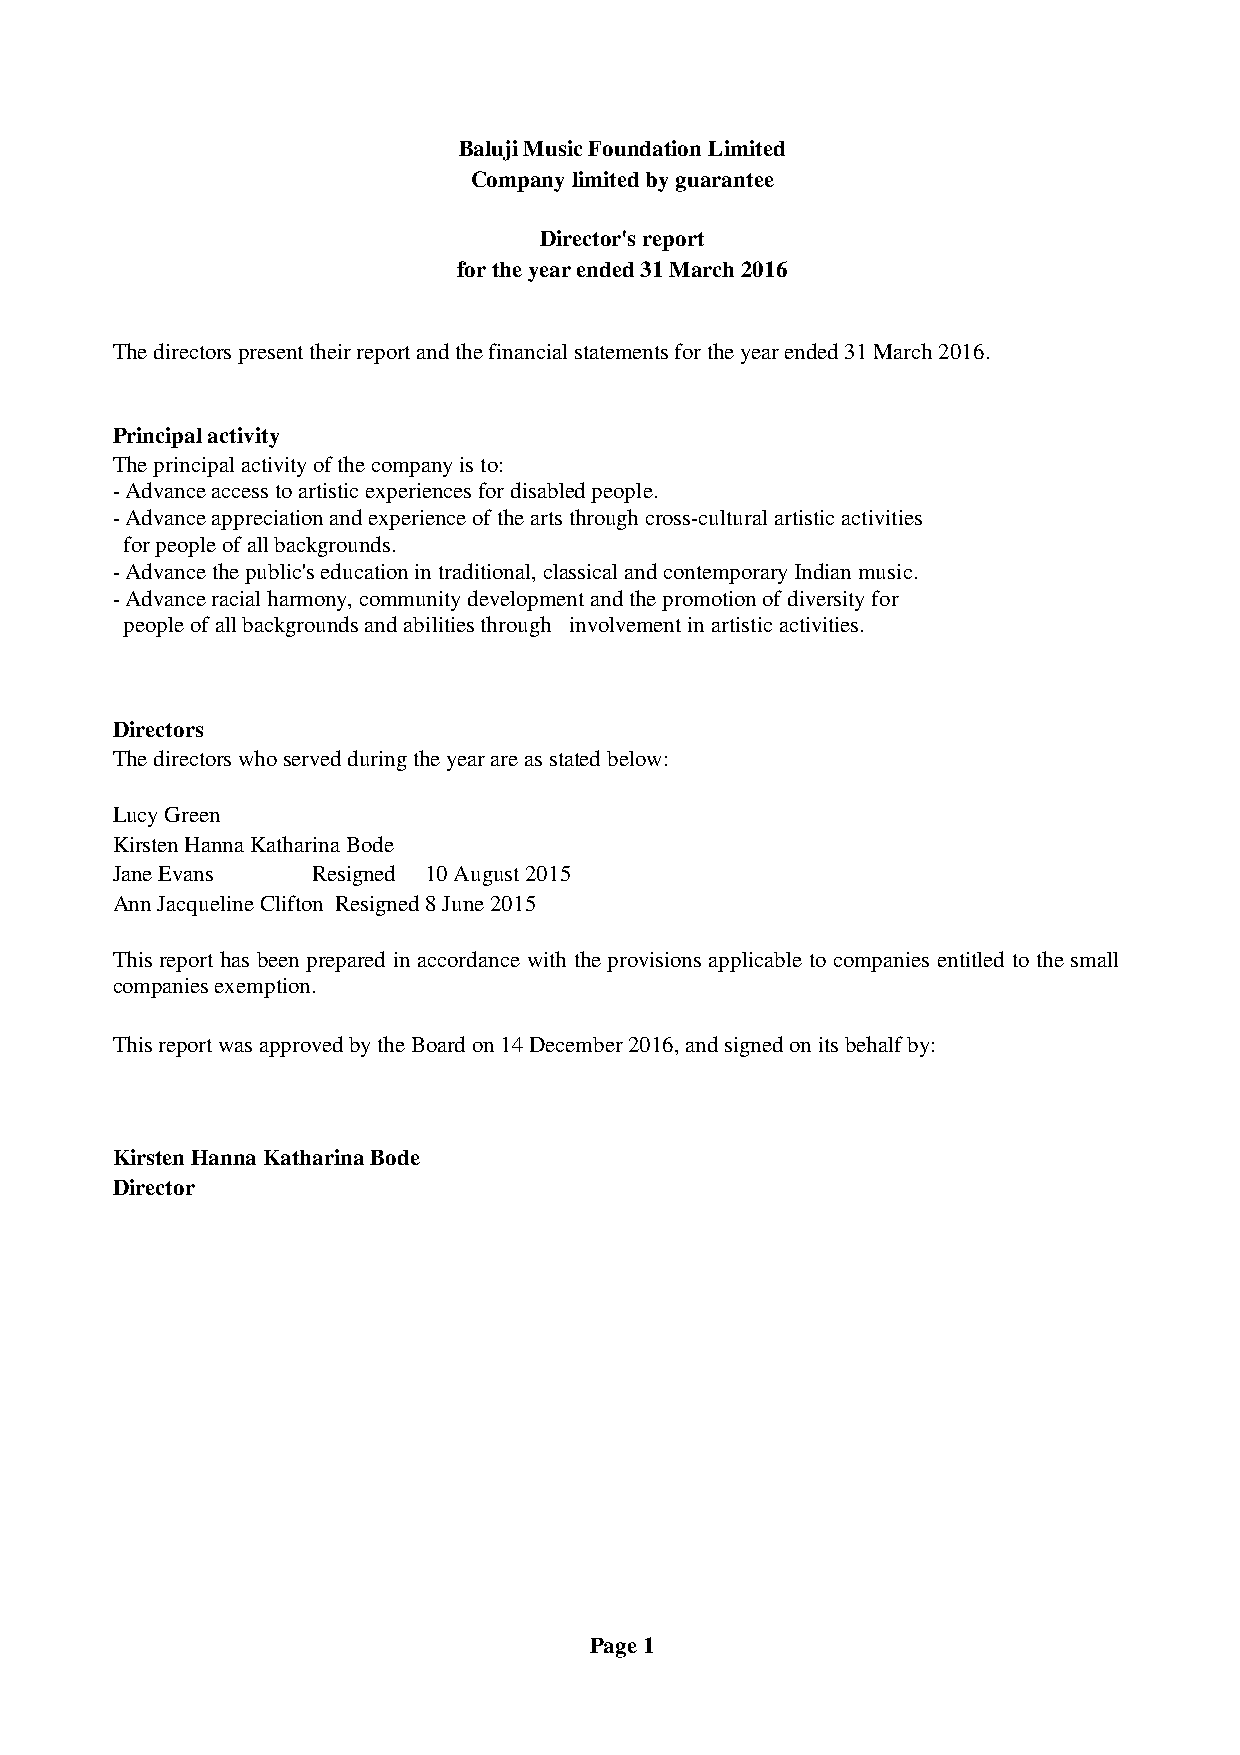
Baluji Music Foundation Limited
 Company limited by guarantee
 Director's report
 for the year ended 31 March 2016
 The directors present their report and the financial statements for the year ended 31 March 2016.
 Principal activity
 The principal activity of the company is to:
 - Advance access to artistic experiences for disabled people.
 - Advance appreciation and experience of the arts through cross-cultural artistic activities
 for people of all backgrounds.
 - Advance the public's education in traditional, classical and contemporary Indian music.
 - Advance racial harmony, community development and the promotion of diversity for
 people of all backgrounds and abilities through involvement in artistic activities.
 Directors
 The directors who served during the year are as stated below:
 Lucy Green
 Kirsten Hanna Katharina Bode
 Jane Evans    Resigned 10 August 2015
 Ann Jacqueline Clifton Resigned 8 June 2015
 This report has been prepared in accordance with the provisions applicable to companies entitled to the small
 companies exemption.
 This report was approved by the Board on 14 December 2016, and signed on its behalf by:
 Kirsten Hanna Katharina Bode
 Director
 Page 1